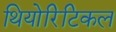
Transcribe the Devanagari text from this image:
थियोरिटिकल